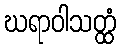
ဃရာဝါသတ္ထံ